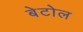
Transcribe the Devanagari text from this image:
बेटोल